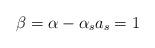
LaTeX: \begin{align*}\beta = \alpha - \alpha_s a_s = 1\end{align*}